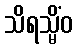
သိရသ္မိံဝ